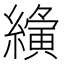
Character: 𮉍